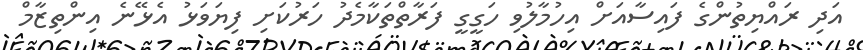
އަދި ރައްޔިތުންގެ ފައިސާއަށް އިހުމާލުވި ހަގީގީ ފަރާތްތަކާމެދު ހަރުކަށި ފިޔަވަޅު އެޅޭނެ އިންތިޒާމް